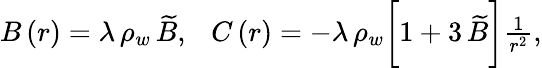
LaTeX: \begin{array}{r}{B\left(r\right)=\lambda\, \rho_{w}\, \widetilde{B},~~~C\left(r\right)=-\lambda\, \rho_{w}\bigg[1+3\, \widetilde{B}\bigg]\frac{1}{r^{2}},}\end{array}